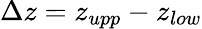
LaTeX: \Delta z=z_{upp}-z_{low}